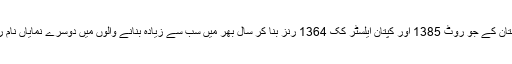
انگلستان کے جو روٹ 1385 اور کپتان ایلسٹر کک 1364 رنز بنا کر سال بھر میں سب سے زیادہ بنانے والوں میں دوسرے نمایاں نام رہے۔